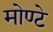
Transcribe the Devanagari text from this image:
मोण्टे